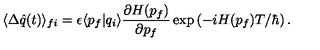
\langle \Delta \hat { q } ( t ) \rangle _ { f i } = \epsilon \langle p _ { f } | q _ { i } \rangle \frac { \partial H ( p _ { f } ) } { \partial p _ { f } } \exp \left( - i H ( p _ { f } ) T / \hbar \right) .